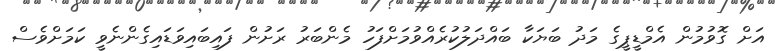
އަށް ގޮވުމުން އެމްޑީޕީގެ މަދު ބަޔަަކާ ބައްދަލުކުރެއްވުމަށްފަހު މެންބަރު ރަށުން ފައިބައިވަޑައިގެންނެވީ ކަމަށްވެސް